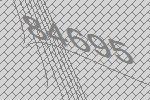
84695